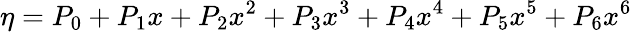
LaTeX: \eta=P_{0}+P_{1}x+P_{2}x^{2}+P_{3}x^{3}+P_{4}x^{4}+P_{5}x^{5}+P_{6}x^{6}